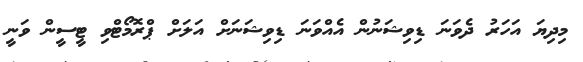
މިދިޔަ އަހަރު ދެވަނަ ޑިވިޝަނުން އެއްވަނަ ޑިވިޝަނަށް އަލަށް ޕްރޮމޯޓްވި ޓީސީން ވަނީ